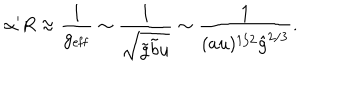
LaTeX: \alpha ^ { \prime } R \approx \frac { 1 } { g _ { \mathrm { e f f } } } \sim \frac { 1 } { \sqrt { \tilde { g } \tilde { b } u } } \sim \frac { 1 } { ( a u ) ^ { 1 / 2 } { \hat { g } } ^ { 2 / 3 } } .